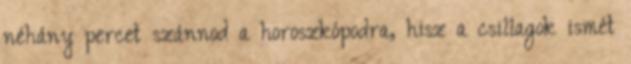
néhány percet szánnod a horoszkópodra, hisz a csillagok ismét